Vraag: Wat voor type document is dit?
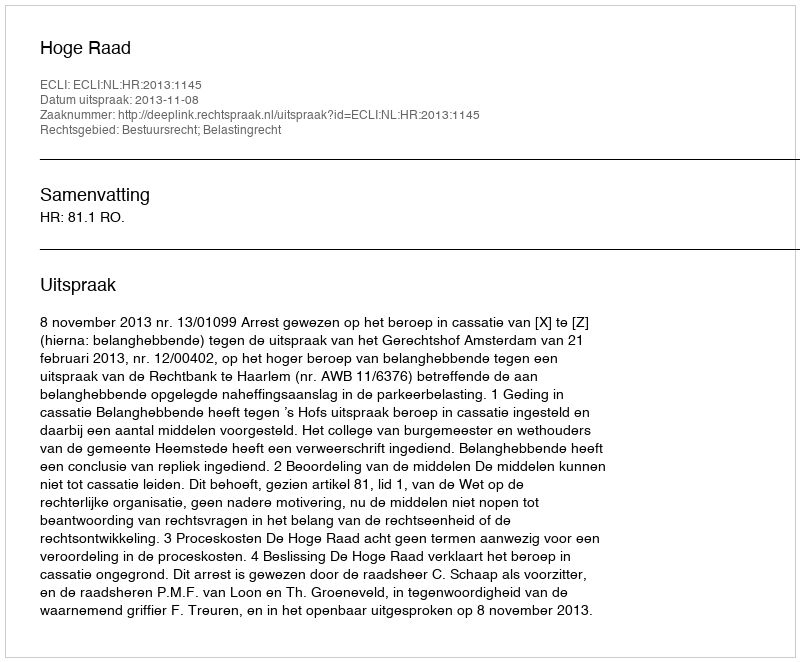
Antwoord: Uitspraak